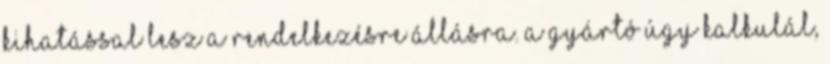
kihatással lesz a rendelkezésre állásra. A gyártó úgy kalkulál,